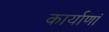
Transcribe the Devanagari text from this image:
कार्याणां